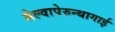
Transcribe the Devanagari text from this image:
सेल्वापेरुन्थागाई